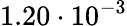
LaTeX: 1.20\cdot 10^{-3}